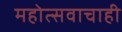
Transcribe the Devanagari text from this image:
महोत्सवाचाही